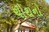
ચોથનો